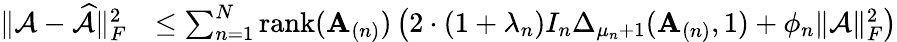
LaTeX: \begin{array}{rl}{\| \mathcal{A}-\widehat{\mathcal{A}}\| _{F}^{2}}&{\leq\sum_{n=1}^{N}\mathrm{rank}(\mathbf{A}_{(n)})\left(2\cdot(1+\lambda_{n})I_{n}\Delta_{\mu_{n}+1}(\mathbf{A}_{(n)},1)+\phi_{n}\| \mathcal{A}\| _{F}^{2}\right)}\end{array}